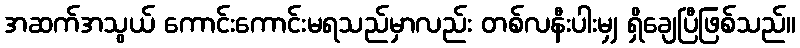
အဆက်အသွယ် ကောင်းကောင်းမရသည်မှာလည်း တစ်လနီးပါးမျှ ရှိချေပြီဖြစ်သည်။